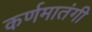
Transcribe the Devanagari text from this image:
कर्णमातंगी